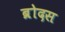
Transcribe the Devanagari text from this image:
ब्रोदस